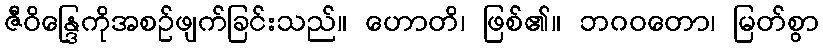
ဇီဝိန္ဒြေကိုအစဉ်ဖျက်ခြင်းသည်။ ဟောတိ၊ ဖြစ်၏။ ဘဂဝတော၊ မြတ်စွာ